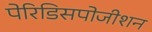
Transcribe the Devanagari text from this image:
पेरिडिसपोजीशन